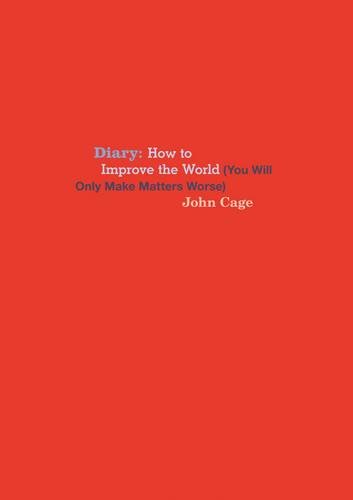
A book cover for John Cage: Diary: How to Improve the World (You Will Only Make Matters Worse); John Cage; Literature & Fiction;